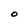
Character: O